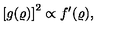
\left[ g ( \varrho ) \right] ^ { 2 } \propto f ^ { \prime } ( \varrho ) ,